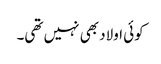
کوئی اولاد بھی نہیں تھی۔